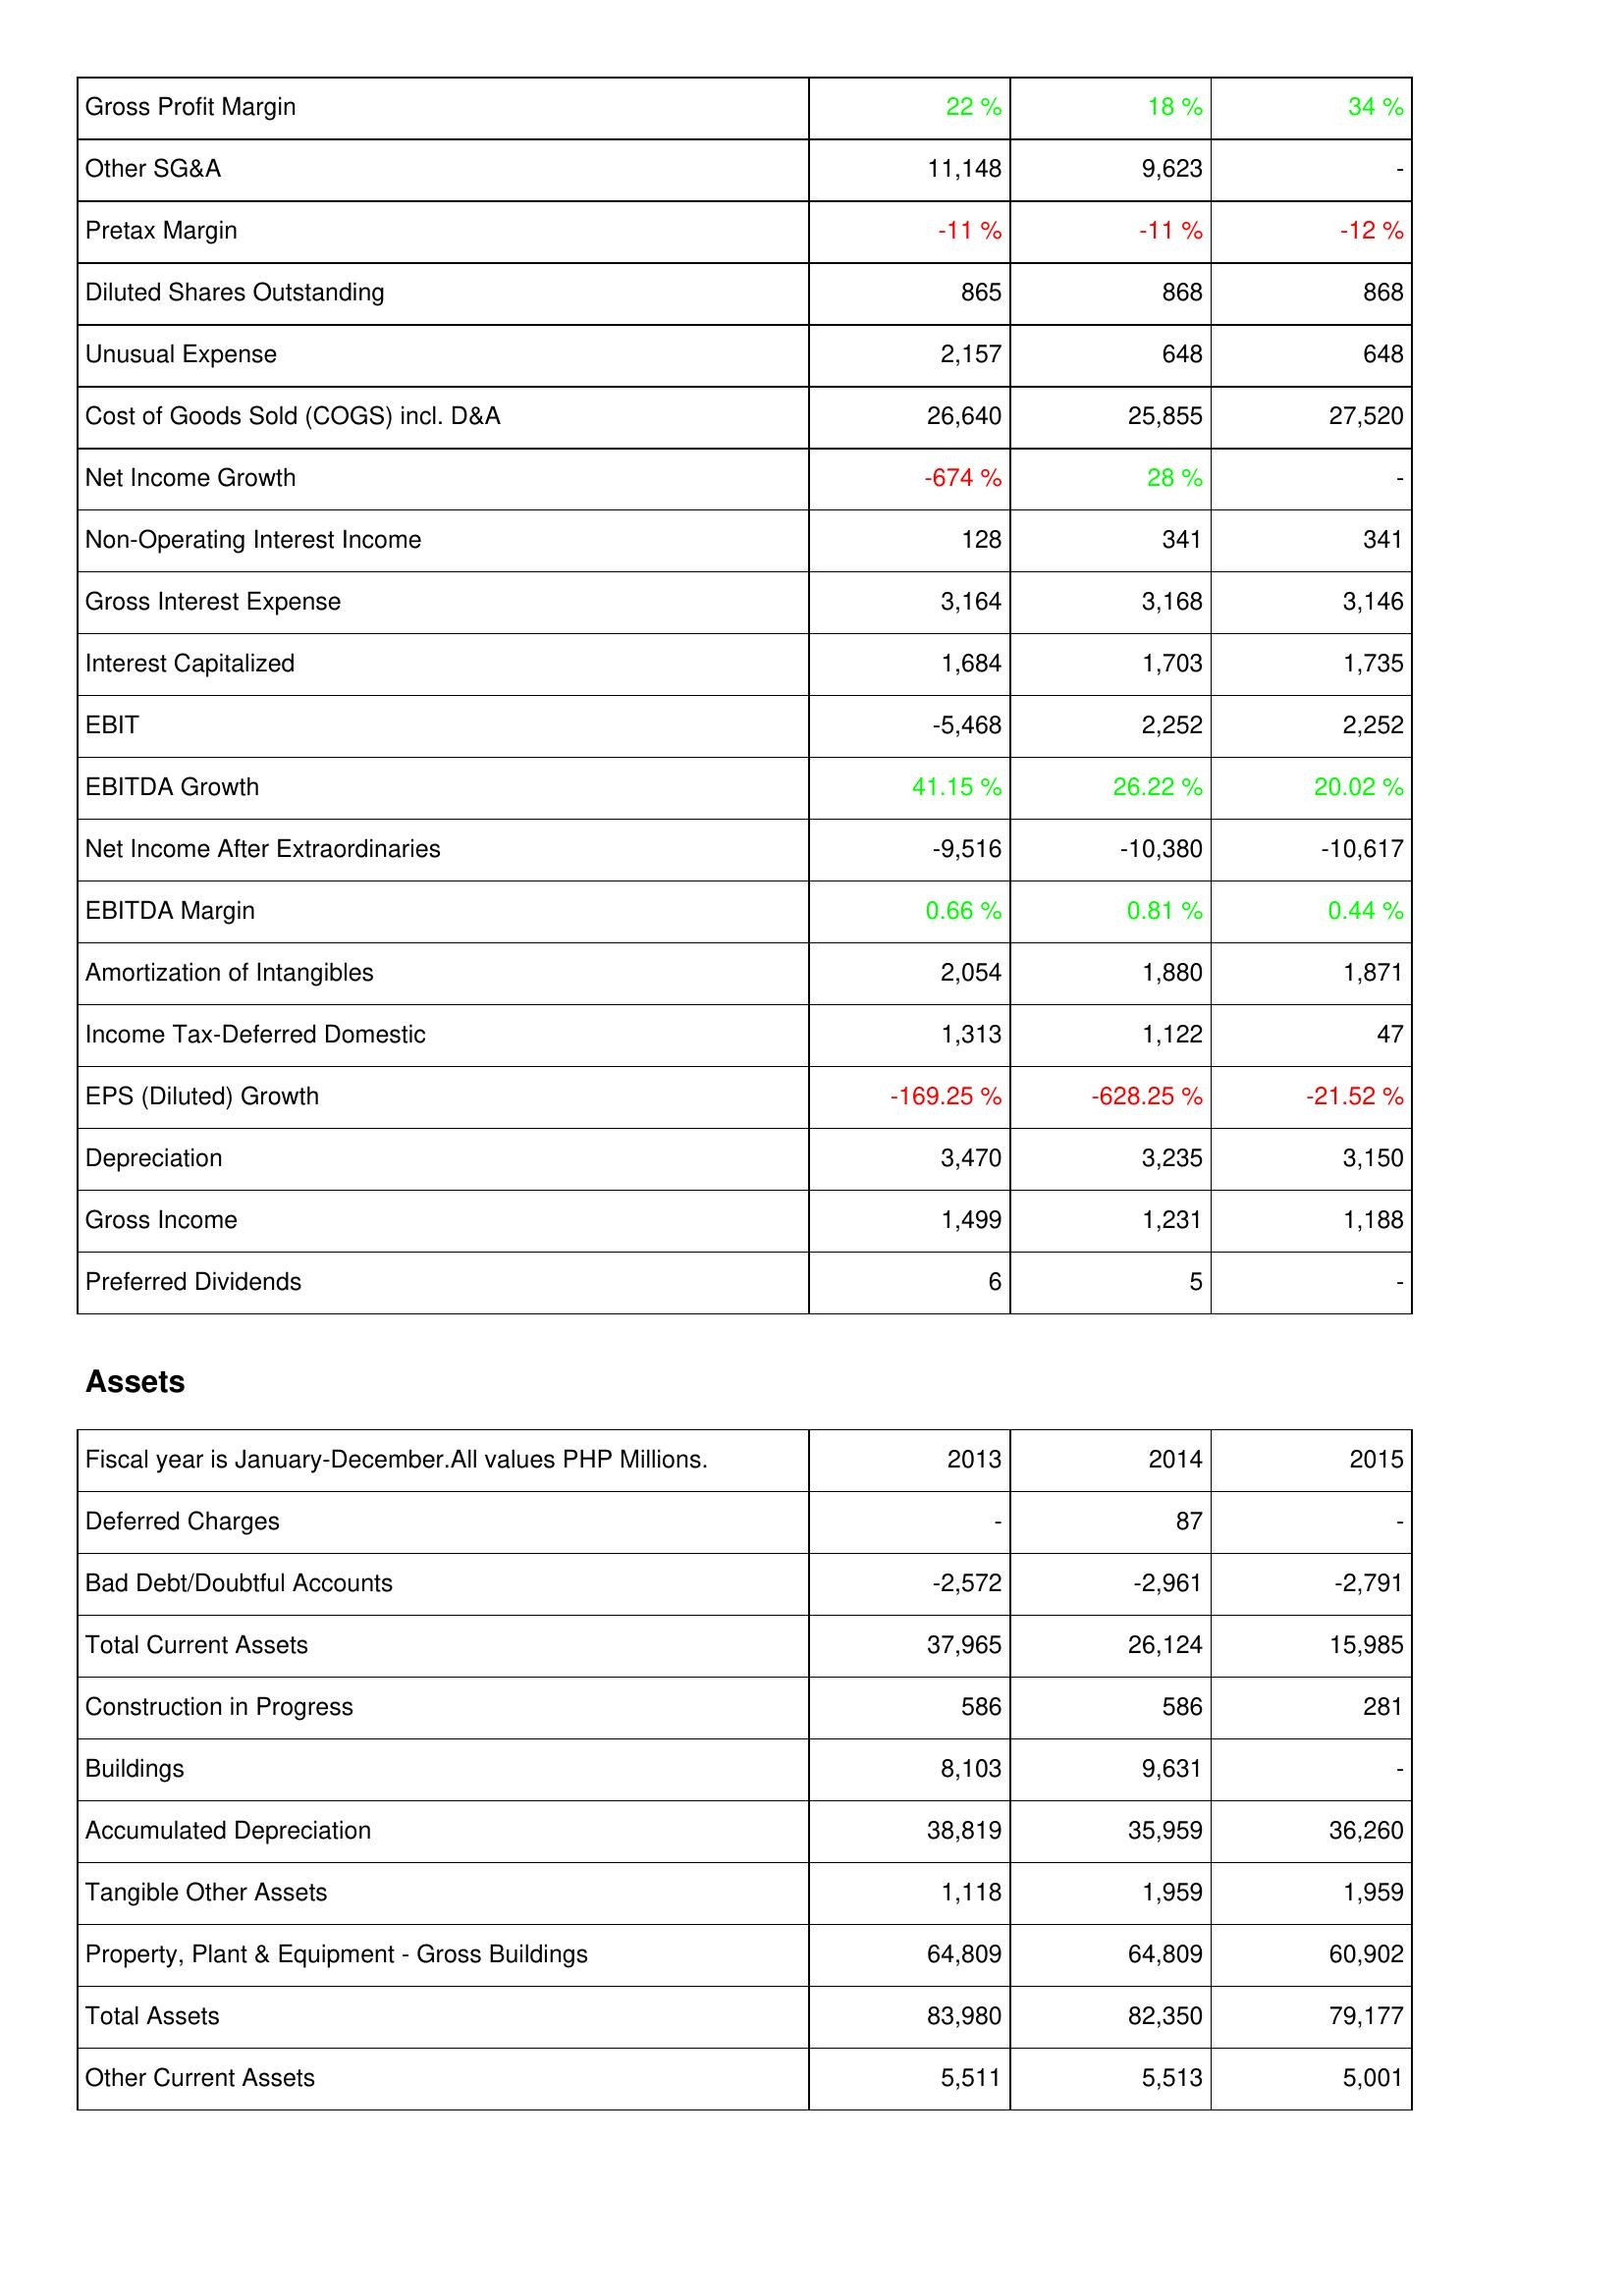
2013: Income Statement: Gross Profit Margin: 22 %
Other SG&A: 11,148
Pretax Margin: -11 %
Diluted Shares Outstanding: 865
Unusual Expense: 2,157
Cost of Goods Sold (COGS) incl. D&A: 26,640
Net Income Growth: -674 %
Non-Operating Interest Income: 128
Gross Interest Expense: 3,164
Interest Capitalized: 1,684
EBIT: -5,468
EBITDA Growth: 41.15 %
Net Income After Extraordinaries: -9,516
EBITDA Margin: 0.66 %
Amortization of Intangibles: 2,054
Income Tax-Deferred Domestic: 1,313
EPS (Diluted) Growth: -169.25 %
Depreciation: 3,470
Gross Income: 1,499
Preferred Dividends: 6
Assets: Deferred Charges: -
Bad Debt/Doubtful Accounts: -2,572
Total Current Assets: 37,965
Construction in Progress: 586
Buildings: 8,103
Accumulated Depreciation: 38,819
Tangible Other Assets: 1,118
Property, Plant & Equipment - Gross Buildings: 64,809
Total Assets: 83,980
Other Current Assets: 5,511
2014: Income Statement: Gross Profit Margin: 18 %
Other SG&A: 9,623
Pretax Margin: -11 %
Diluted Shares Outstanding: 868
Unusual Expense: 648
Cost of Goods Sold (COGS) incl. D&A: 25,855
Net Income Growth: 28 %
Non-Operating Interest Income: 341
Gross Interest Expense: 3,168
Interest Capitalized: 1,703
EBIT: 2,252
EBITDA Growth: 26.22 %
Net Income After Extraordinaries: -10,380
EBITDA Margin: 0.81 %
Amortization of Intangibles: 1,880
Income Tax-Deferred Domestic: 1,122
EPS (Diluted) Growth: -628.25 %
Depreciation: 3,235
Gross Income: 1,231
Preferred Dividends: 5
Assets: Deferred Charges: 87
Bad Debt/Doubtful Accounts: -2,961
Total Current Assets: 26,124
Construction in Progress: 586
Buildings: 9,631
Accumulated Depreciation: 35,959
Tangible Other Assets: 1,959
Property, Plant & Equipment - Gross Buildings: 64,809
Total Assets: 82,350
Other Current Assets: 5,513
2015: Income Statement: Gross Profit Margin: 34 %
Other SG&A: -
Pretax Margin: -12 %
Diluted Shares Outstanding: 868
Unusual Expense: 648
Cost of Goods Sold (COGS) incl. D&A: 27,520
Net Income Growth: -
Non-Operating Interest Income: 341
Gross Interest Expense: 3,146
Interest Capitalized: 1,735
EBIT: 2,252
EBITDA Growth: 20.02 %
Net Income After Extraordinaries: -10,617
EBITDA Margin: 0.44 %
Amortization of Intangibles: 1,871
Income Tax-Deferred Domestic: 47
EPS (Diluted) Growth: -21.52 %
Depreciation: 3,150
Gross Income: 1,188
Preferred Dividends: -
Assets: Deferred Charges: -
Bad Debt/Doubtful Accounts: -2,791
Total Current Assets: 15,985
Construction in Progress: 281
Buildings: -
Accumulated Depreciation: 36,260
Tangible Other Assets: 1,959
Property, Plant & Equipment - Gross Buildings: 60,902
Total Assets: 79,177
Other Current Assets: 5,001